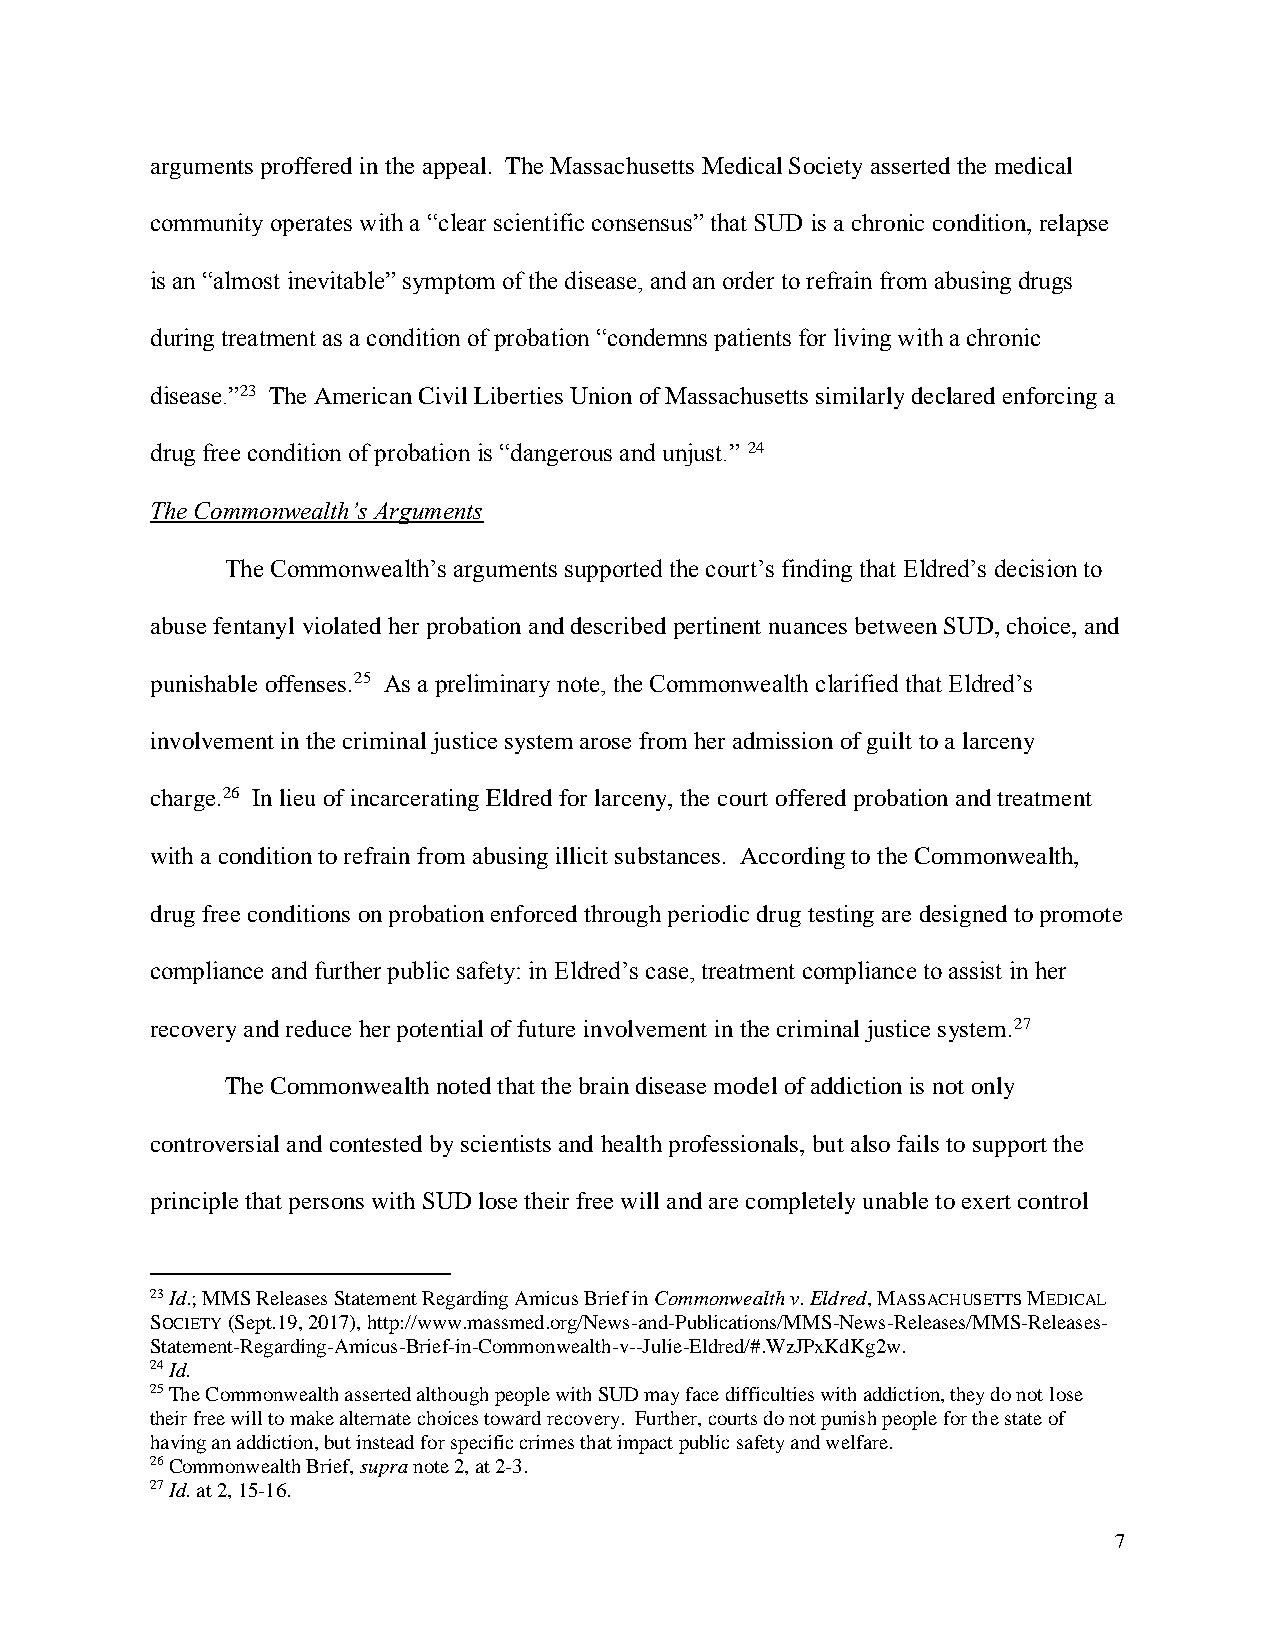
arguments proffered in the appeal. The Massachusetts Medical Society asserted the medical
 community operates with a “clear scientific consensus” that SUD is a chronic condition, relapse
 is an “almost inevitable” symptom of the disease, and an order to refrain from abusing drugs
 during treatment as a condition of probation “condemns patients for living with a chronic
 disease.”23 The American Civil Liberties Union of Massachusetts similarly declared enforcing a
 drug free condition of probation is “dangerous and unjust.” 24
 The Commonwealth’s Arguments
 The Commonwealth’s arguments supported the court’s finding that Eldred’s decision to
 abuse fentanyl violated her probation and described pertinent nuances between SUD, choice, and
 punishable offenses.25 As a preliminary note, the Commonwealth clarified that Eldred’s
 involvement in the criminal justice system arose from her admission of guilt to a larceny
 charge.26 In lieu of incarcerating Eldred for larceny, the court offered probation and treatment
 with a condition to refrain from abusing illicit substances. According to the Commonwealth,
 drug free conditions on probation enforced through periodic drug testing are designed to promote
 compliance and further public safety: in Eldred’s case, treatment compliance to assist in her
 recovery and reduce her potential of future involvement in the criminal justice system.27
 The Commonwealth noted that the brain disease model of addiction is not only
 controversial and contested by scientists and health professionals, but also fails to support the
 principle that persons with SUD lose their free will and are completely unable to exert control
 23 Id.; MMS Releases Statement Regarding Amicus Brief in Commonwealth v. Eldred, MASSACHUSETTS MEDICAL
 SOCIETY (Sept.19, 2017), http://www.massmed.org/News-and-Publications/MMS-News-Releases/MMS-Releases-
 Statement-Regarding-Amicus-Brief-in-Commonwealth-v--Julie-Eldred/#.WzJPxKdKg2w.
 24 Id.
 25 The Commonwealth asserted although people with SUD may face difficulties with addiction, they do not lose
 their free will to make alternate choices toward recovery. Further, courts do not punish people for the state of
 having an addiction, but instead for specific crimes that impact public safety and welfare.
 26 Commonwealth Brief, supra note 2, at 2-3.
 27 Id. at 2, 15-16.
 7